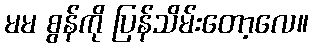
မမ စွန်ကို ပြန်သိမ်းတော့လေ။